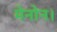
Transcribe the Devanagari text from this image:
मेनोन।